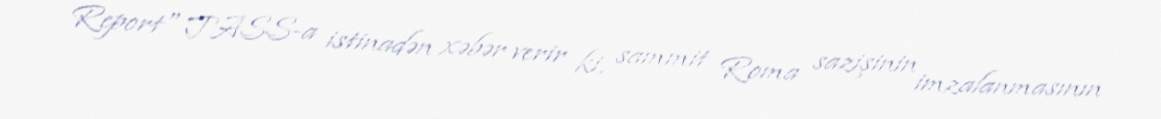
Report" TASS-a istinadən xəbər verir ki, sammit Roma sazişinin imzalanmasının